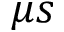
\mu s